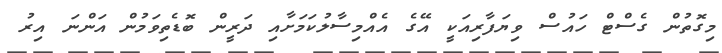
މިގޮތުން ގެސްޓް ހައުސް ވިޔަފާރިއަކީ އޭގެ އެއްމިސާލުކަމަށާއި ދަރީން ބޮޑެތިވަމުން އަންނަ އިރު